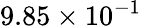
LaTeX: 9.85\times 10^{-1}